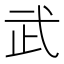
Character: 武